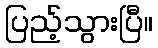
ပြည့်သွားပြီ။